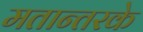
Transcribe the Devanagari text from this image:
मतान्तरके